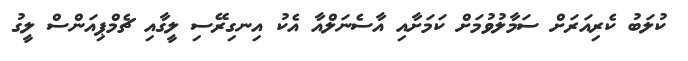
ކުލަބު ކެރިއަރަށް ސަމާލުވުމަށް ކަމަށާއި އާސެނަލްއާ އެކު އިނގިރޭސި ލީގާއި ޗެމްޕިއަންސް ލީގު